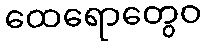
ထေရောတွေဝ